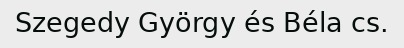
Szegedy György és Béla cs.